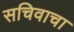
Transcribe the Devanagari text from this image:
सचिवाचा